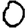
Digit: 0